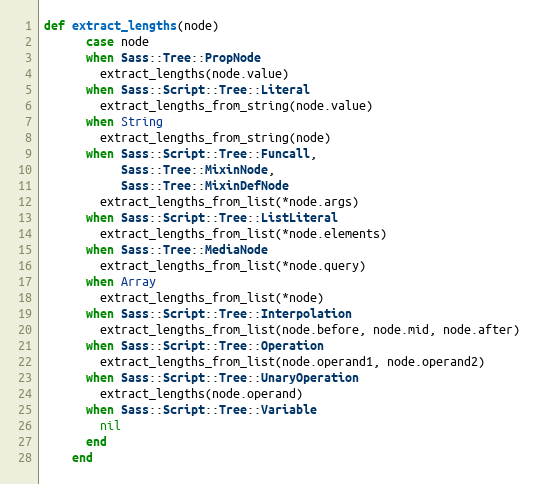
Language: Ruby
def extract_lengths(node)
      case node
      when Sass::Tree::PropNode
        extract_lengths(node.value)
      when Sass::Script::Tree::Literal
        extract_lengths_from_string(node.value)
      when String
        extract_lengths_from_string(node)
      when Sass::Script::Tree::Funcall,
           Sass::Tree::MixinNode,
           Sass::Tree::MixinDefNode
        extract_lengths_from_list(*node.args)
      when Sass::Script::Tree::ListLiteral
        extract_lengths_from_list(*node.elements)
      when Sass::Tree::MediaNode
        extract_lengths_from_list(*node.query)
      when Array
        extract_lengths_from_list(*node)
      when Sass::Script::Tree::Interpolation
        extract_lengths_from_list(node.before, node.mid, node.after)
      when Sass::Script::Tree::Operation
        extract_lengths_from_list(node.operand1, node.operand2)
      when Sass::Script::Tree::UnaryOperation
        extract_lengths(node.operand)
      when Sass::Script::Tree::Variable
        nil
      end
    end